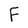
Character: F